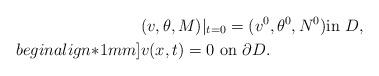
LaTeX: \begin{align*}& (v,\theta,M)|_{t=0}=( v^0,\theta^0, N^0) \mbox{in } D,\\begin{align*}1mm]& v(x,t)=0 \mbox{ on }\partial D.\end{align*}